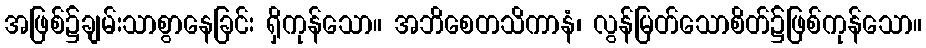
အဖြစ်၌ချမ်းသာစွာနေခြင်း ရှိကုန်သော။ အဘိစေတသိကာနံ၊ လွန်မြတ်သောစိတ်၌ဖြစ်ကုန်သော။